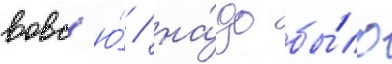
вовс'ю́ / на́до бы́ло